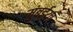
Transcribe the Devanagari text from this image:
मुंबईया